Regulations for the medical services of the Army of India
Year: 1930
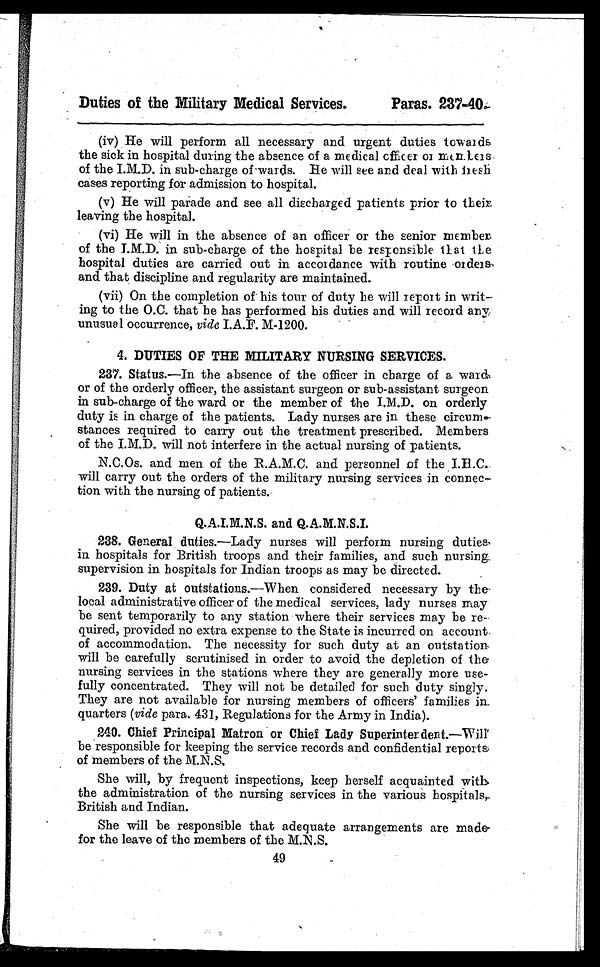
Duties of the Military Medical Services.
Paras. 237-400-
(iv) He will perform all necessary and urgent duties towards
the sick in hospital during the absence of a medical officer or manters
of the I.M.D. in sub-charge of-wards. He will see and deal with fresh
cases reporting for admission to hospital.
(v) He will parade and see all discharged patients prior to their_
leaving the hospital.
(vi) He will in the absence of an officer or the senior member
of the I.M.D. in sub-charge of the hospital be responsible that the
hospital duties are carried out in accordance with routine orders
and that discipline and regularity are maintained.
(vii) On the completion of his tour of duty he will report in writ-
ing to the 0.C. that he has performed his duties and will record any
unusual occurrence, vide I.A.F. M-1200.
4. DUTIES OF THE MILITARY NURSING SERVICES.
237. Status.—In the absence of the officer in charge of a ward
or of the orderly officer, the assistant surgeon or sub-assistant surgeon
in sub-charge of the ward or the member of the I.M.D. on orderly
duty is in charge of the patients. Lady nurses are in these circum-
stances required to carry out the treatment prescribed. Members
of the I.M.D. will not interfere in the actual nursing of patients.
N.C.Os. and men of the R.A.M.C. and personnel of the
will carry out the orders of the military nursing services in connec-
tion with the nursing of patients.
Q.A.I.M.N.S. and Q.A.M.N.S.I.
238. General duties.—Lady nurses will perform nursing duties
in hospitals for British troops and their families, and such nursing.
supervision in hospitals for Indian troops as may be directed.
239. Duty at outstations.—When considered necessary by the
local administrative officer of the medical services, lady nurses may
be sent temporarily to any station where their services may be re-
quired, provided no extra expense to the State is incurred on account
of accommodation. The necessity for such duty at an outstation
will be carefully scrutinised in order to avoid the depletion of the
nursing services in the stations where they are generally more use-
fully concentrated. They will not be detailed for such duty singly.
They are not available for nursing members of officers' families in
quarters (vide para. 431, Regulations for the Army in India).
240. Chief Principal Matron or Chief Lady Superinterdent. Will
be responsible for keeping the service records and confidential reports
of members of the M.N.S,
She will, by frequent inspections, keep herself acquainted with
the administration of the nursing services in the various hospitals,
British and Indian.
She will be responsible that adequate arrangements are made
for the leave of the members of the M.N.S.
49